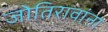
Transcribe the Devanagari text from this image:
जोतिरावांना